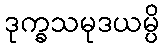
ဒုက္ခသမုဒယမ္ပိ